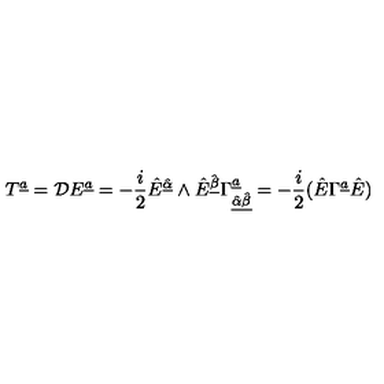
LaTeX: T ^ { { \underline { a } } } = { \cal D } E ^ { { \underline { a } } } = - { \frac { i } { 2 } } \hat { E } ^ { \hat { \underline { \alpha } } } \wedge \hat { E } ^ { \hat { \underline { \beta } } } \Gamma _ { { \underline { { \hat { \alpha } \hat { \beta } } } } } ^ { { \underline { a } } } = - { \frac { i } { 2 } } ( \hat { E } \Gamma ^ { { \underline { a } } } \hat { E } )